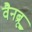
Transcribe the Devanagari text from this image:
वैनब्रू